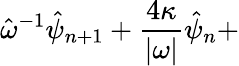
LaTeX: \hat{\omega}^{-1}\hat{\psi}_{n+1}+\frac{4\kappa}{|\omega|}\hat{\psi}_{n}+